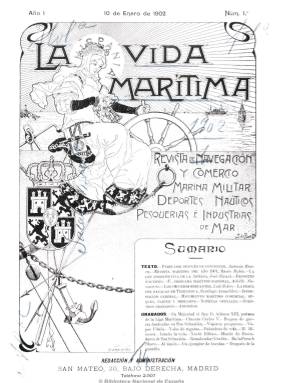
Título: Vida marítima
Colección: Navegación
Ámbito geográfico: Madrid
Lugar de publicación: Madrid
Fechas: 10/01/1902-15/05/1934

Subtitulada como “revista de navegación y comercio, marina militar, deportes náuticos, pesquerías e industrias del mar”, es el órgano de propaganda de la Liga Marítima Española, verdadero grupo de presión de los industriales navieros tras el colapso de la guerra de independencia cubana durante las primeras décadas del siglo veinte. Después también será portavoz oficial de las asociaciones de navieros y constructores navales, pesca marítima y de la Federación de Clubs Náuticos. Es una revista que, primero, será decenal y, después, quincenal, de una veintena de páginas, que posteriormente aumentará, cuyo primer número es presentado por Antonio Maura.

De carácter ilustrado, con fotografías de buques, cruceros y otros navíos, de la industria naval, retratos de marinos y de políticos, puertos y muelles y otros grabados, ofrece artículos, crónicas, reportajes, informaciones y noticias sobre la marina mercante y militar, los mercados y fletes de los principales puertos españoles, del movimiento marítimo comercial, mercados, pesquerías, noticias oficiales, legislación y jurisprudencia y estadísticas navales, enseñanza y academias navales y secciones de la propia Liga Marítima Española y de cuestiones económicas. Sus contenidos se refieren tanto a la vida marítima española como a la internacional. También ofrece una sección literaria y numerosa publicidad de este sector y del bancario y financiero.

Entre sus numerosos colaborares se encuentran Mario Rubio, José Ricart y Giralt, Adolfo Navarrete y Santiago Arambilet. Al comienzo de cada tomo incluye un índice general de autores y materias. La Liga Marítima Española publicó también durante estos años su propio boletín oficial.